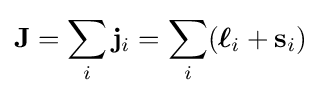
\mathbf {J} =\sum _{i}\mathbf {j} _{i}=\sum _{i}({\boldsymbol {\ell }}_{i}+\mathbf {s} _{i})